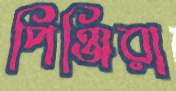
পিঞ্জিরা